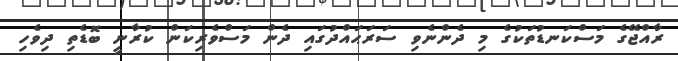
ރާއްޖޭގެ މަސްކަނޑުތަކުގެ މި ދެންނެވި ސަރަޙައްދުގައި ދެން މަސްވެރިކަން ކުރާނީ ބޮޑެތި ދިވެހި